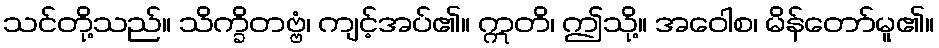
သင်တို့သည်။ သိက္ခိတဗ္ဗံ၊ ကျင့်အပ်၏။ ဣတိ၊ ဤသို့။ အဝေါစ၊ မိန်တော်မူ၏။